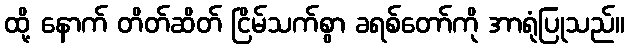
ထို့ နောက် တိတ်ဆိတ် ငြိမ်သက်စွာ ခရစ်တော်ကို အာရုံပြုသည်။